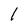
Character: 1